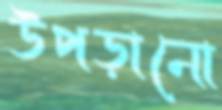
উপড়ানো